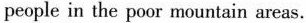
people in the poor mountain areas.